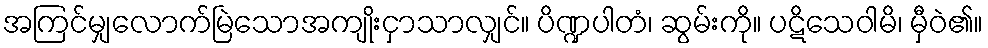
အကြင်မျှလောက်မြဲသောအကျိုးငှာသာလျှင်။ ပိဏ္ဍပါတံ၊ ဆွမ်းကို။ ပဋိသေဝါမိ၊ မှီဝဲ၏။